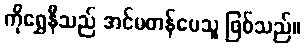
ကိုရွှေနီသည် အင်မတန်ပေသူ ဖြစ်သည်။